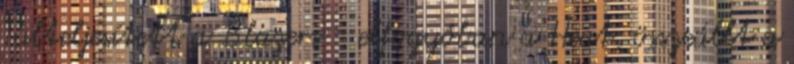
Túlteljesített a Blazers - elfogyóban a Heat, összeállt a